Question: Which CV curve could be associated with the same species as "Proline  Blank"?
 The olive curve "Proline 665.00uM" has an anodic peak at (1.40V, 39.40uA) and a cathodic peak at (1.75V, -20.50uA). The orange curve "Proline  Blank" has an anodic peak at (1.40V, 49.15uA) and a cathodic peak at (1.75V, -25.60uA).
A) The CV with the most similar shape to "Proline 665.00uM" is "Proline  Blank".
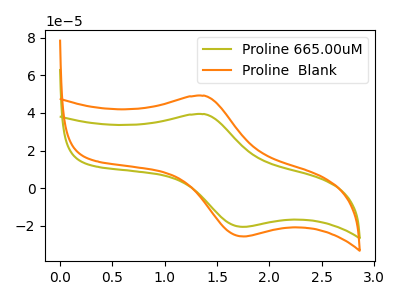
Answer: <think>All the peaks in "Proline 665.00uM" have a peak in "Proline  Blank" at the same potential. Every peak in "Proline 665.00uM" is lower than every peak in "Proline  Blank".
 </think>
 <answer>A) The CV with the most similar shape to "Proline 665.00uM" is "Proline  Blank".</answer>
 <eval>A</eval>